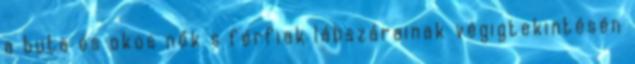
a buta és okos nők s férfiak lábszárainak végigtekintésén